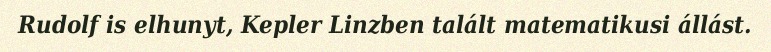
Rudolf is elhunyt, Kepler Linzben talált matematikusi állást.